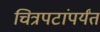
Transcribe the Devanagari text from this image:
चित्रपटांपर्यंत